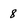
Character: 8